Veterinary regulations India, 1925 -
Year: 1925
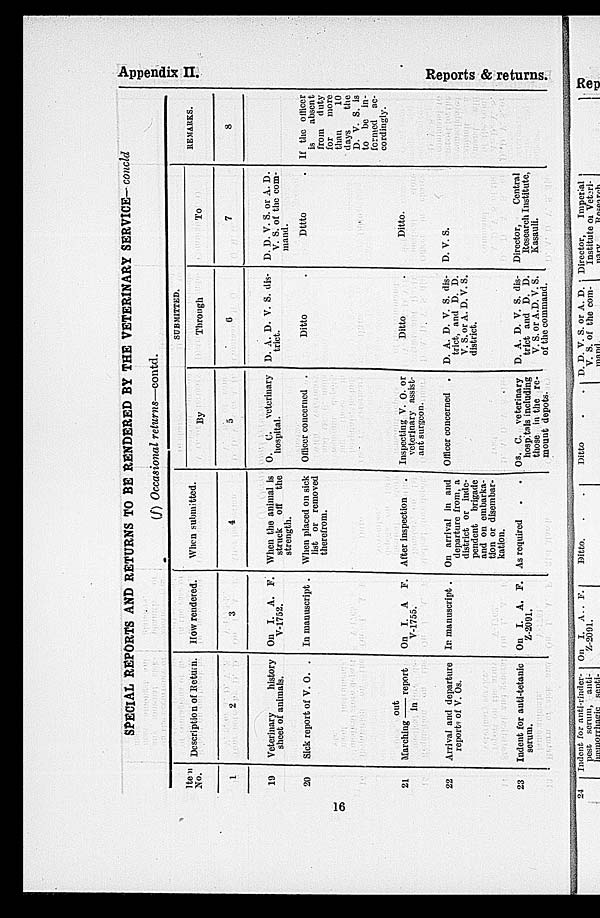
Appendix
II.
Reports & returns.
SPECIAL REPORTS AND RETURNS TO BE RENDERED BY THE VETERINARY SERVICE- concld
(f) Occasional returns—contd.
Item
No.
1
19
20
21
22
23
Description of Return.
2
Veterinary
history
sheet of animals.
Sick report of V. O. .
Marching out/in report
Arrival and departure
reports of V. Os.
Indent for anti-tetanic
serum.
How rendered.
3
On I. A. F.
V-1752.
In manuscript .
On I. A
F.
V-1755.
In manuscript .
On I. A. F.
Z-2001.
When submitted.
4
When the animal is
struck
off
the
strength.
When placed on sick
list or removed
therefrom.
After inspection .
On arrival in and
departure from, a J
district or iude-
pendent
brigade
and on embarka-
tion or disembar-
kation.
As required . .
SUBMITTED.
By
5
O.
C.
veterinary
hospital.
Officer concerned
.
Inspecting V. O. or
veterinary assist-
ant surgeon.
Officer concerned
.
Os. C. veterinary
hospitals including
those in the re¬
mount depots.
Through
6
D. A. D. V. S. dis-
trict.
Ditto .
Ditto .
D. A. D. V. S. dis-
trict, and D. D.
V. S. or A. D. V. S.
district.
D. A. D. V. S. dis-
trict and D. D.
V. S. or A. D. V. S.
of the command.
To
7
D. D. V. S. or A. D.
V. S. of the com-
mand.
Ditto .
Ditto.
D. V. S.
Director,
Central
Research Institute,
Kasauli.
REMARKS.
8
If the officer
is
absent
from
duty
for
more
than
10
days
the
D. V. S. is
to be in-
formed
ac-
cordingly.
16